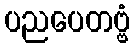
ပညပေတဗ္ဗံ